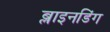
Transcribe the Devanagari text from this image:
ब्लाइनडिंग